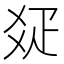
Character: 𤕟